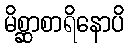
မိစ္ဆာစာရိနောပိ